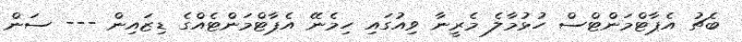
ބެޗު އެޕާޓްމަންޓްސް ހުޅުމާލެ މެރީނާ ވިއުގައި ހިމެނޭ އެޕާޓްމަންޓެއްގެ ޑިޒައިން --- ސަން